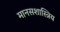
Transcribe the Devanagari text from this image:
मानसशास्त्रिय